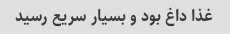
غذا داغ بود و بسیار سریع رسید